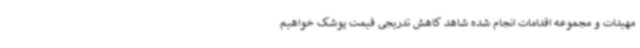
مهیدات و مجموعه اقدامات انجام شده شاهد کاهش تدریجی قیمت پوشک خواهیم